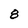
Character: 8